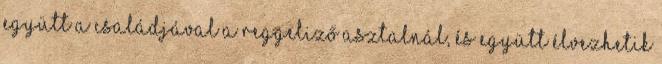
együtt a családjával a reggeliző asztalnál, és együtt élvezhetik